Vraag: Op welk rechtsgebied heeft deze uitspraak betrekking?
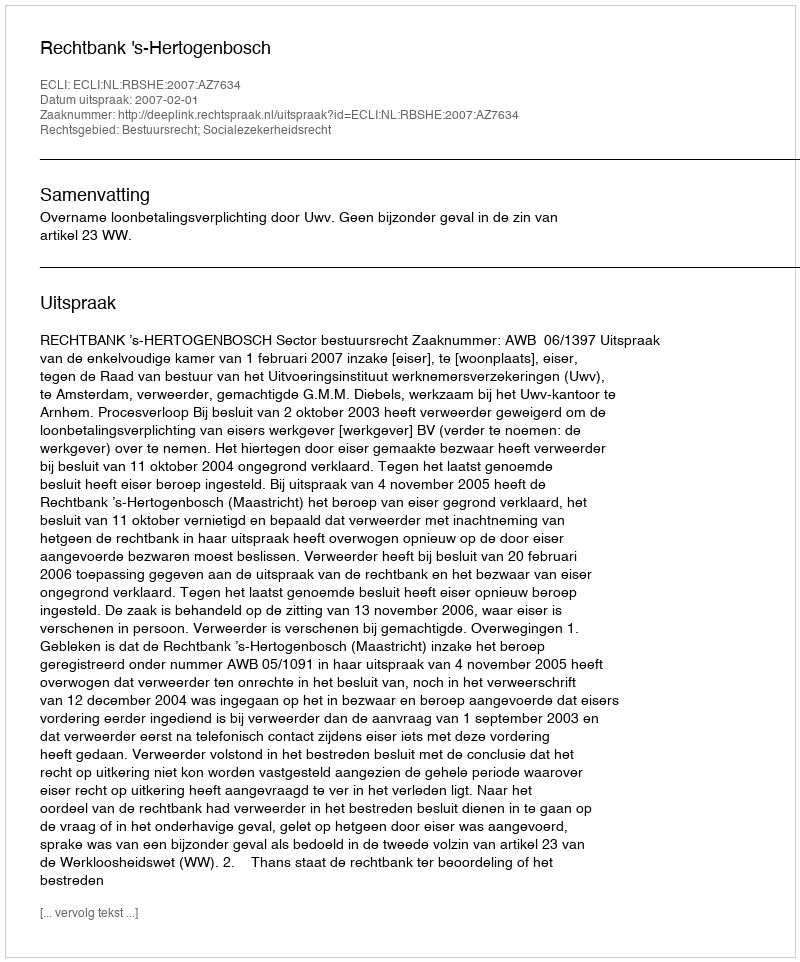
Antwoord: Bestuursrecht; Socialezekerheidsrecht